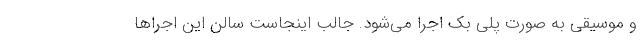
و موسیقی به صورت پلی بک اجرا می‌شود. جالب اینجاست سالن این اجراها